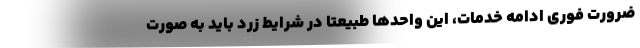
ضرورت فوری ادامه خدمات، این واحدها طبیعتا در شرایط زرد باید به صورت